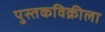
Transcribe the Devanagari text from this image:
पुस्तकविक्रीला